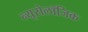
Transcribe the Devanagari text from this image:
न्यूरोलॉजिक